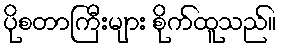
ပိုစတာကြီးများ စိုက်ထူသည်။